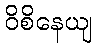
ဝိစိနေယျ